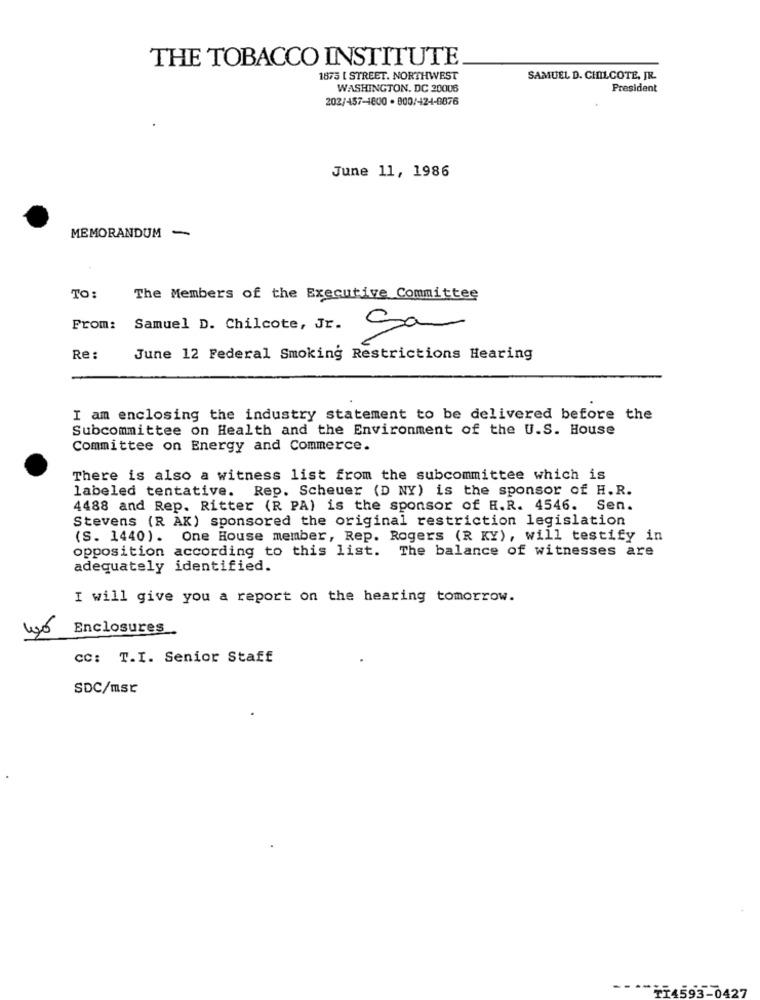
THE TOBACCO INSTITUTE
1875 L STREET. NORTHWEST
SAMUEL D. CHILCOTE. FR.
WASHINGTON, DC 20006
President
202/457-1800 . 000/424-0876
June 11, 1986
MEMORANDUM -
TO :
The Members of the Executive Committee
From:
Samuel D. Chilcote, Jr.
San
Re :
June 12 Federal Smoking Restrictions Hearing
I am enclosing the industry statement to be delivered before the
Subcommittee on Health and the Environment of the U.S. House
Committee on Energy and Commerce.
There is also a witness list from the subcommittee which is
labeled tentative. Rep. Scheuer (D NY) is the sponsor of H.R.
4488 and Rep. Ritter (R PA) is the sponsor of H.R. 4546. Sen.
Stevens (R AX) sponsored the original restriction legislation
(S. 1440). One House member, Rep. Rogers (R KY), will testify in
opposition according to this list. The balance of witnesses are
adequately identified.
I will give you a report on the hearing tomorrow.
Enclosures
CC: T.I. Senior Staff
SDC/msc
TT4593-0427